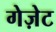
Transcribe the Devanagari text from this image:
गेज़ेट